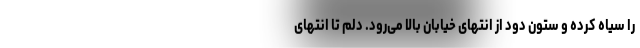
را سیاه کرده و ستون دود از انتهای خیابان بالا می‌رود. دلم تا انتهای